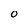
Character: O